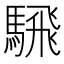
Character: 騛